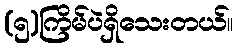
(၅)ကြိမ်ပဲရှိသေးတယ်။